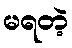
မရတဲ့